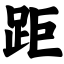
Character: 距